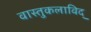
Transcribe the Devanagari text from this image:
वास्तुकलाविद्